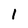
Character: 1